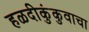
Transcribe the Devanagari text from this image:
हळदीकुंकुवाचा